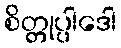
စိတ္တုပ္ပါဒေါ